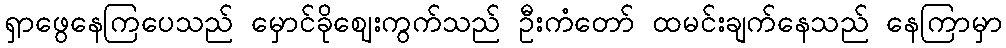
ရှာဖွေနေကြပေသည် မှောင်ခိုဈေးကွက်သည် ဦးကံတော် ထမင်းချက်နေသည် နေကြာမှာ